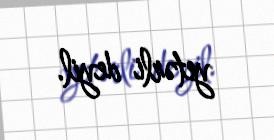
yetərli deyil.